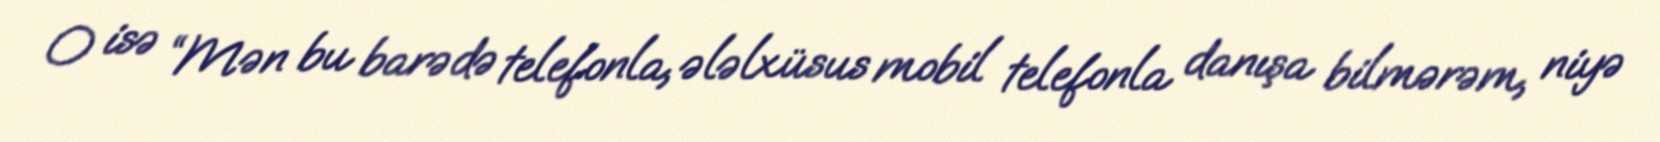
O isə “Mən bu barədə telefonla, ələlxüsus mobil telefonla danışa bilmərəm, niyə